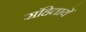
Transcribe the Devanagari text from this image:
संहितायें